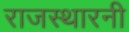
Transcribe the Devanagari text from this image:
राजस्थारनी